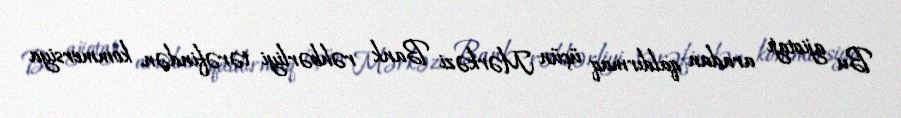
Bu ajiotajı aradan qaldırmaq üçün Mərkəzi Bank rəhbərliyi tərəfindən kommersiya